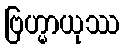
ဗြဟ္မာယုဿ